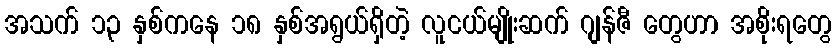
အသက် ၁၃ နှစ်ကနေ ၁၈ နှစ်အရွယ်ရှိတဲ့ လူငယ်မျိုးဆက် ဂျန်ဇီ တွေဟာ အစိုးရတွေ